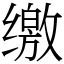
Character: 缴